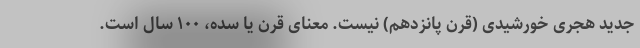
جدید هجری خورشیدی (قرن پانزدهم) نیست. معنای قرن یا سده، ۱۰۰ سال است.